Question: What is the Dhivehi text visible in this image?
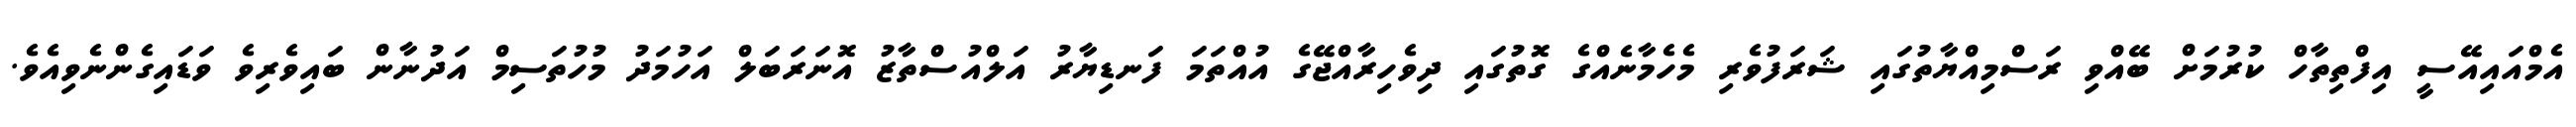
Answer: އެމްއައިއޭސީ އިފްތިތާހް ކުރުމަށް ބޭއްވި ރަސްމިއްޔާތުގައި ޝަރަފުވެރި މެހެމާނެއްގެ ގޮތުގައި ދިވެހިރާއްޖޭގެ އުއްތަމަ ފަނޑިޔާރު އަލްއުސްތާޒު އޮނަރަބަލް އަހުމަދު މުހުތަސިމް އަދުނާން ބައިވެރިވެ ވަޑައިގެންނެވިއެވެ.